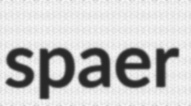
spaer